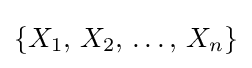
\{X_{1},\,X_{2},\,\ldots ,\,X_{n}\}